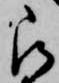
被